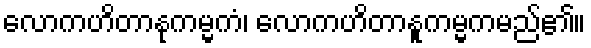
လောကဟိတာနုကမ္မကံ၊ လောကဟိတာနူကမ္မကမည်၏။